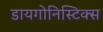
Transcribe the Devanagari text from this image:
डायगोनिस्टिक्‍स